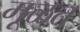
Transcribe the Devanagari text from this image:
मूळत